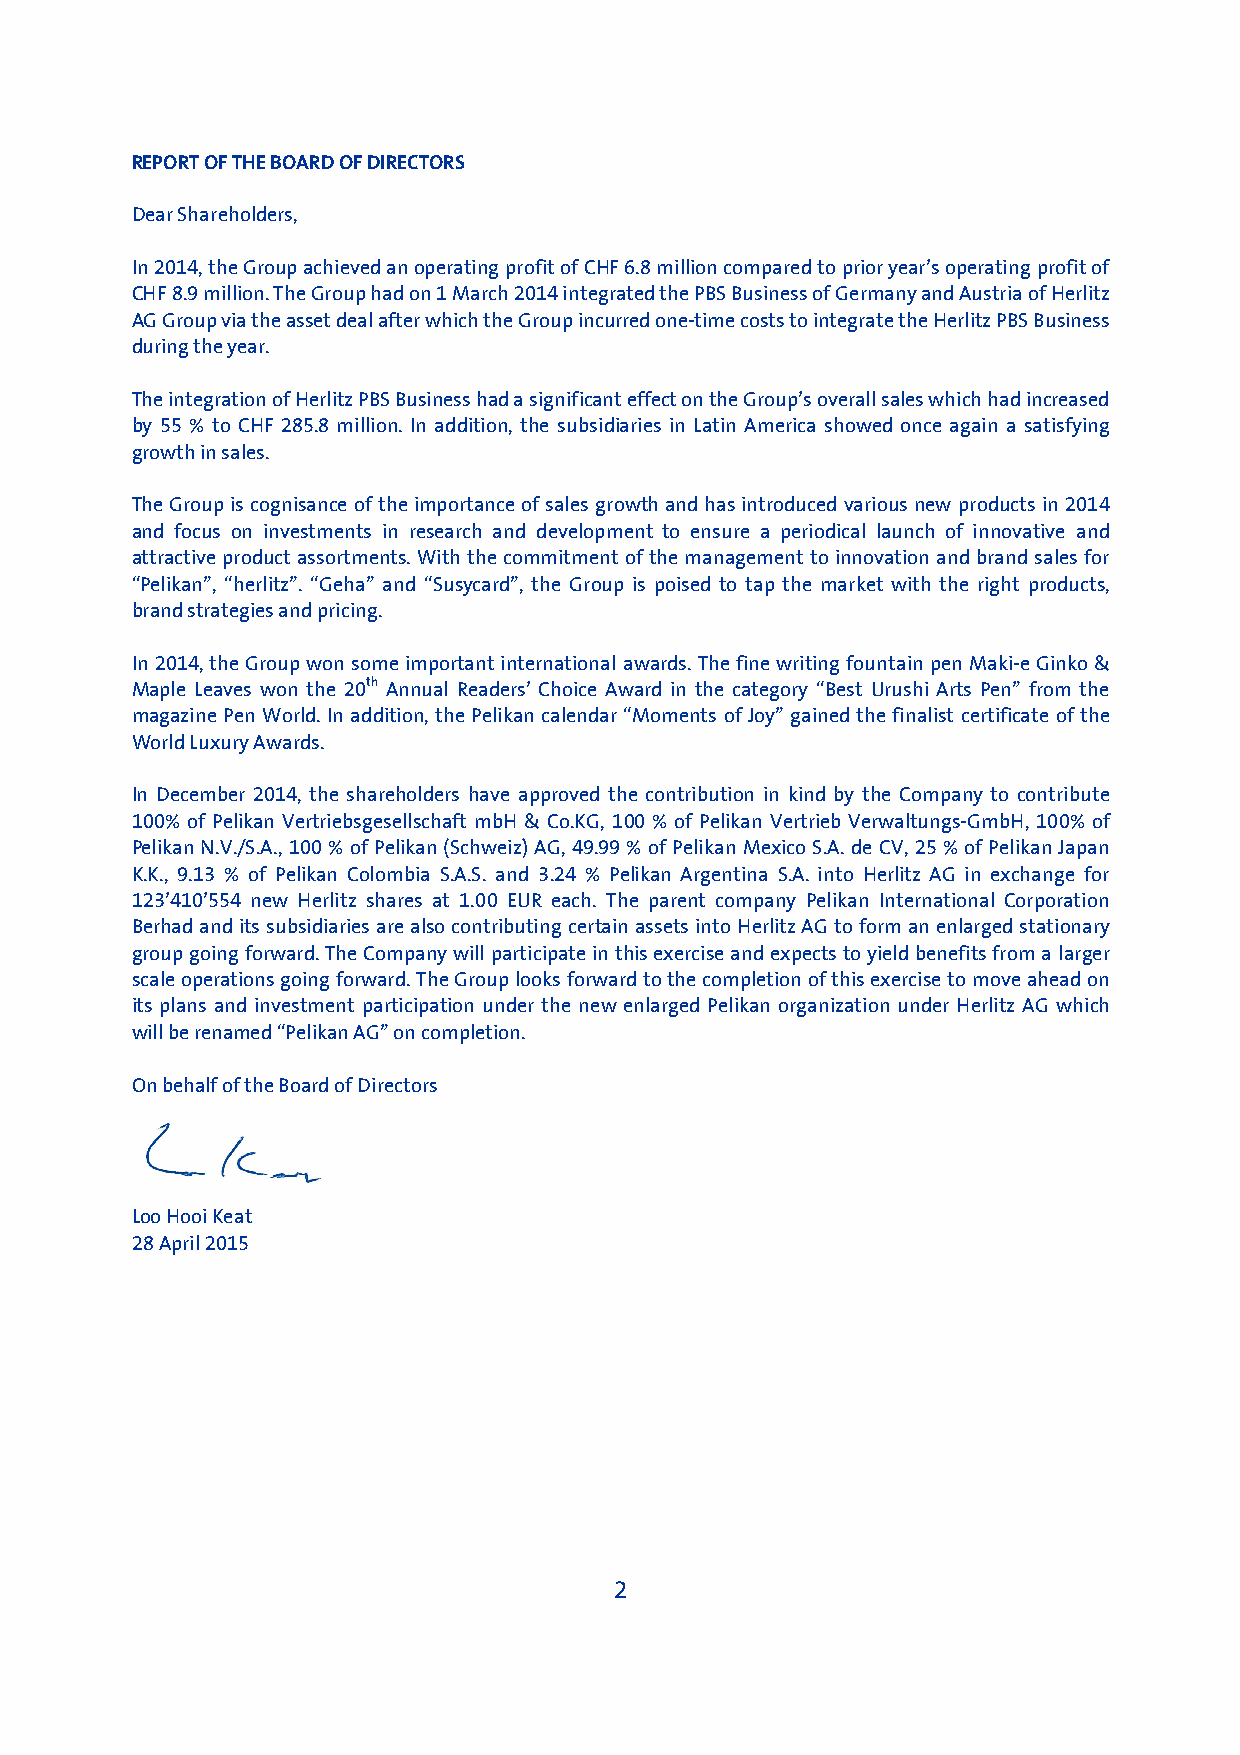
REPORT OF THE BOARD OF DIRECTORS
 Dear Shareholders,
 In 2014, the Group achieved an operating profit of CHF 6.8 million compared to prior year’s operating profit of
 CHF 8.9 million. The Group had on 1 March 2014 integrated the PBS Business of Germany and Austria of Herlitz
 AG Group via the asset deal after which the Group incurred one-time costs to integrate the Herlitz PBS Business
 during the year.
 The integration of Herlitz PBS Business had a significant effect on the Group’s overall sales which had increased
 by 55 % to CHF 285.8 million. In addition, the subsidiaries in Latin America showed once again a satisfying
 growth in sales.
 The Group is cognisance of the importance of sales growth and has introduced various new products in 2014
 and focus on investments in research and development to ensure a periodical launch of innovative and
 attractive product assortments. With the commitment of the management to innovation and brand sales for
 “Pelikan”, “herlitz”. “Geha” and “Susycard”, the Group is poised to tap the market with the right products,
 brand strategies and pricing.
 In 2014, the Group won some important international awards. The fine writing fountain pen Maki-e Ginko &
 Maple Leaves won the 20th Annual Readers’ Choice Award in the category “Best Urushi Arts Pen” from the
 magazine Pen World. In addition, the Pelikan calendar “Moments of Joy” gained the finalist certificate of the
 World Luxury Awards.
 In December 2014, the shareholders have approved the contribution in kind by the Company to contribute
 100% of Pelikan Vertriebsgesellschaft mbH & Co.KG, 100 % of Pelikan Vertrieb Verwaltungs-GmbH, 100% of
 Pelikan N.V./S.A., 100 % of Pelikan (Schweiz) AG, 49.99 % of Pelikan Mexico S.A. de CV, 25 % of Pelikan Japan
 K.K., 9.13 % of Pelikan Colombia S.A.S. and 3.24 % Pelikan Argentina S.A. into Herlitz AG in exchange for
 123’410’554 new Herlitz shares at 1.00 EUR each. The parent company Pelikan International Corporation
 Berhad and its subsidiaries are also contributing certain assets into Herlitz AG to form an enlarged stationary
 group going forward. The Company will participate in this exercise and expects to yield benefits from a larger
 scale operations going forward. The Group looks forward to the completion of this exercise to move ahead on
 its plans and investment participation under the new enlarged Pelikan organization under Herlitz AG which
 will be renamed “Pelikan AG” on completion.
 On behalf of the Board of Directors
 Loo Hooi Keat
 28 April 2015
 2